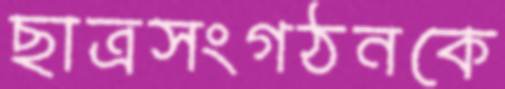
ছাত্রসংগঠনকে